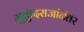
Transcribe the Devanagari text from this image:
मुकुंदराजांनंतर